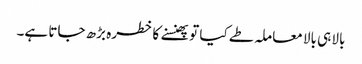
بالا ہی بالا معاملہ طے کیا تو پھنسنے کا خطرہ بڑھ جاتا ہے۔